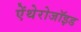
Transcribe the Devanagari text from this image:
ऐंथेरोजॉइड